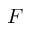
F